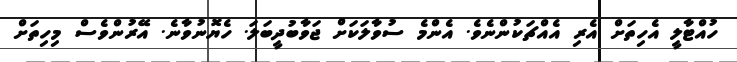
ހުއްޓާލީ އެހިތަށް އެރި އެއްޗަކުންނެވެ. އެންމެ ސުވާލަކަށް ޖަވާބުދީބަލަ. ހެޔޮނުވާނެ. އޭރުންވެސް މިހިތަށް